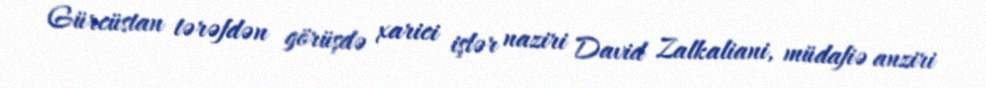
Gürcüstan tərəfdən görüşdə xarici işlər naziri David Zalkaliani, müdafiə anziri